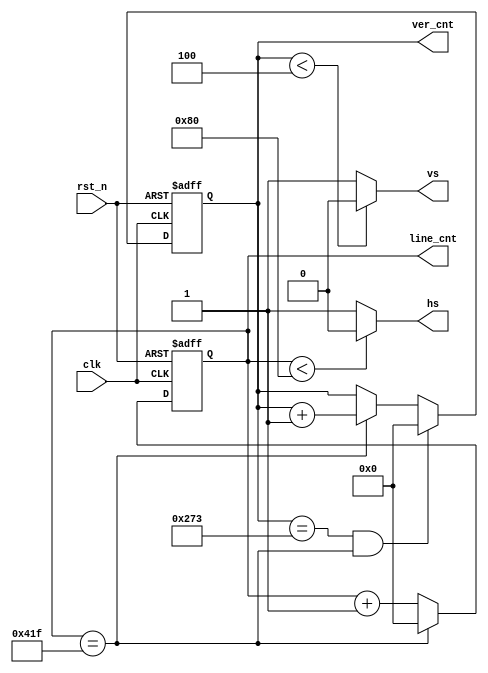
//************************************************
//  Company       : School                       
//  Device        : Altera cyclone4 ep4ce6f17c8  
//  Description   : product the coodinate and hs vs;                             
//************************************************
module  coo_out #(parameter WIDTH = 10)(
    //input;
    input    wire    clk,  //65mhz;
    input    wire    rst_n,
    //output;
    output   wire     hs,	//horizontal synchronization;
    output   wire     vs,   //vertical syn;
    output   wire     [WIDTH+1:0]  line_cnt, //line coodinate;
    output   wire     [WIDTH+1:0]  ver_cnt   //vertical coodinate;
);  //1024*768;
 localparam HTA = 11'd128,  //sync pulse;
            HTB = 11'd88,  //back porch;
            HTC = 11'd800, //visible area;
            HTD = 11'd40,   //front porch;
            VTA = 11'd4,    //sync pulse;
            VTB = 11'd23,   //back porch;
            VTC = 11'd600,  //visible area;
            VTD = 11'd1,    //front porch;
            line_cnt_rMAX = HTA+HTB+HTC+HTD-1'b1, //max line count;
            ver_cnt_rMAX  = VTA+VTB+VTC+VTD-1'b1, //max ver  count;
            HSTART = HTA+HTB,
            VSTART = VTA+VTB;
reg [WIDTH+1:0] line_cnt_r;            
reg [WIDTH+1:0] ver_cnt_r;
always @(posedge clk or negedge rst_n) begin
    if (~rst_n) begin
        line_cnt_r <= 11'd0;
    end //if
    else begin
        if (line_cnt_r == line_cnt_rMAX) begin
            line_cnt_r <= 11'd0;
          end //if
          else begin
            line_cnt_r <= line_cnt_r + 1'b1;
          end //else  
    end //else
end //always
always @(posedge clk or negedge rst_n) begin
    if (~rst_n) begin
        ver_cnt_r <= 11'd0;
    end //if
    else begin
        if ((ver_cnt_r == ver_cnt_rMAX)&&(line_cnt_r == line_cnt_rMAX)) begin
               ver_cnt_r <= 11'd0;
           end //if
           else begin
               ver_cnt_r <= (line_cnt_r == line_cnt_rMAX)? (ver_cnt_r + 1'b1) : ver_cnt_r;
           end //else   
    end //else
end //always
assign hs = (line_cnt_r < HTA) ? 1'b0 : 1'b1;
assign vs =  (ver_cnt_r < VTA) ? 1'b0 : 1'b1;
assign line_cnt = line_cnt_r;
assign ver_cnt = ver_cnt_r;


endmodule